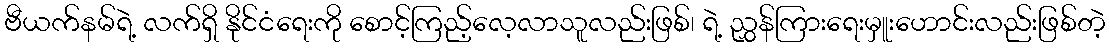
ဗီယက်နမ်ရဲ့ လက်ရှိ နိုင်ငံရေးကို စောင့်ကြည့်လေ့လာသူလည်းဖြစ်၊ ရဲ့ ညွှန်ကြားရေးမှူးဟောင်းလည်းဖြစ်တဲ့